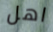
اهل